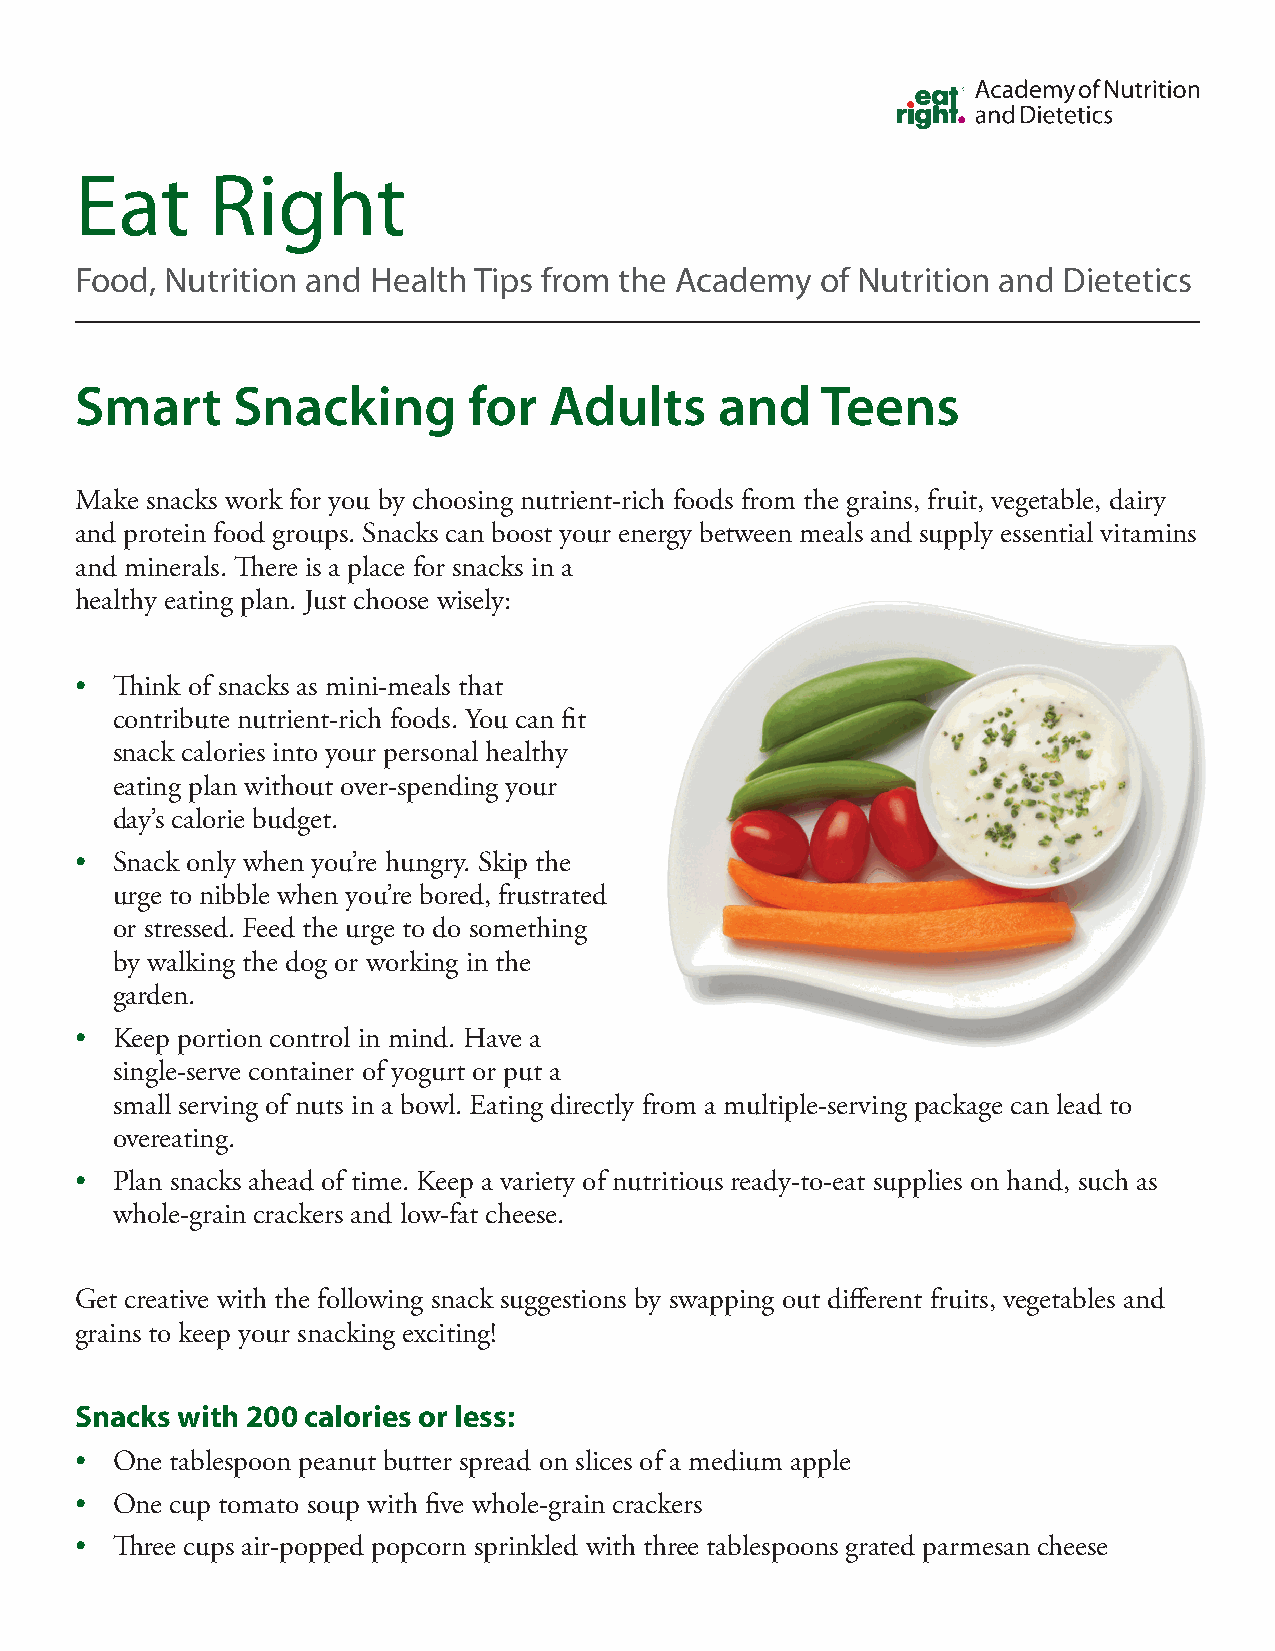
Eat      Right
 Food, Nutrition and Health Tips from the Academy of Nutrition and Dietetics
 Smart     Snacking        for  Adults      and   Teens
 Make snacks work for you by choosing nutrient-rich foods from the grains, fruit, vegetable, dairy
 and protein food groups. Snacks can boost your energy between meals and supply essential vitamins
 and minerals. There is a place for snacks in a
 healthy eating plan. Just choose wisely:
 • Think of snacks as mini-meals that
 contribute nutrient-rich foods. You can fit
 snack calories into your personal healthy
 eating plan without over-spending your
 day’s calorie budget.
 • Snack only when you’re hungry. Skip the
 urge to nibble when you’re bored, frustrated
 or stressed. Feed the urge to do something
 by walking the dog or working in the
 garden.
 • Keep portion control in mind. Have a
 single-serve container of yogurt or put a
 small serving of nuts in a bowl. Eating directly from a multiple-serving package can lead to
 overeating.
 • Plan snacks ahead of time. Keep a variety of nutritious ready-to-eat supplies on hand, such as
 whole-grain crackers and low-fat cheese.
 Get creative with the following snack suggestions by swapping out different fruits, vegetables and
 grains to keep your snacking exciting!
 Snacks with 200 calories or less:
 • One tablespoon peanut butter spread on slices of a medium apple
 • One cup tomato soup with five whole-grain crackers
 • Three cups air-popped popcorn sprinkled with three tablespoons grated parmesan cheese